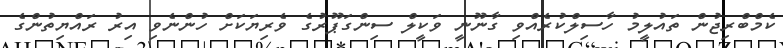
ކެމްބްރިޖުން ތައުލީމު ހާސިލްކުރެއްވި ގާނޫނީ ވަކީލް ސިންގަޕޫރުގެ ވެރިޔަކަށް ހުންނެވި އިރު ރައްޔިތުންގެ